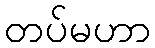
တပ်မဟာ